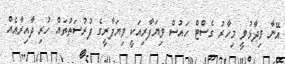
އޭނާ ވިދާޅުވީ މިހާރު ގެސްޓް ހައުސް ވިޔަފާރިއަކީ ވިޔަފާރީގެ ފުރުސަތުތައް ހުރި ދާއިރާއެއް